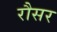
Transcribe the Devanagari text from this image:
रौसर